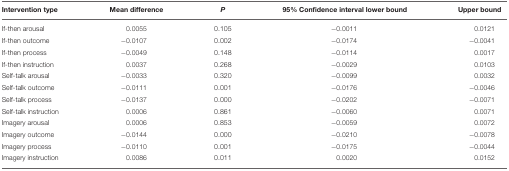
<table><thead><tr><td><b>Intervention type</b></td><td><b>Mean difference</b></td><td><b><i>P</i></b></td><td><b>95% Confidence interval lower bound</b></td><td><b>Upper bound</b></td></tr></thead><tbody><tr><td>If-then arousal</td><td>0.0055</td><td>0.105</td><td>−0.0011</td><td>0.0121</td></tr><tr><td>If-then outcome</td><td>−0.0107</td><td>0.002</td><td>−0.0174</td><td>−0.0041</td></tr><tr><td>If-then process</td><td>−0.0049</td><td>0.148</td><td>−0.0114</td><td>0.0017</td></tr><tr><td>If-then instruction</td><td>0.0037</td><td>0.268</td><td>−0.0029</td><td>0.0103</td></tr><tr><td>Self-talk arousal</td><td>−0.0033</td><td>0.320</td><td>−0.0099</td><td>0.0032</td></tr><tr><td>Self-talk outcome</td><td>−0.0111</td><td>0.001</td><td>−0.0176</td><td>−0.0046</td></tr><tr><td>Self-talk process</td><td>−0.0137</td><td>0.000</td><td>−0.0202</td><td>−0.0071</td></tr><tr><td>Self-talk instruction</td><td>0.0006</td><td>0.861</td><td>−0.0060</td><td>0.0071</td></tr><tr><td>Imagery arousal</td><td>0.0006</td><td>0.853</td><td>−0.0059</td><td>0.0072</td></tr><tr><td>Imagery outcome</td><td>−0.0144</td><td>0.000</td><td>−0.0210</td><td>−0.0078</td></tr><tr><td>Imagery process</td><td>−0.0110</td><td>0.001</td><td>−0.0175</td><td>−0.0044</td></tr><tr><td>Imagery instruction</td><td>0.0086</td><td>0.011</td><td>0.0020</td><td>0.0152</td></tr></tbody></table>